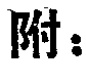
附：